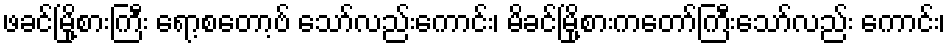
ဖခင်မြို့စားကြီး ရော့စတော့ဗ် သော်လည်းကောင်း၊ မိခင်မြို့စားကတော်ကြီးသော်လည်း ကောင်း၊